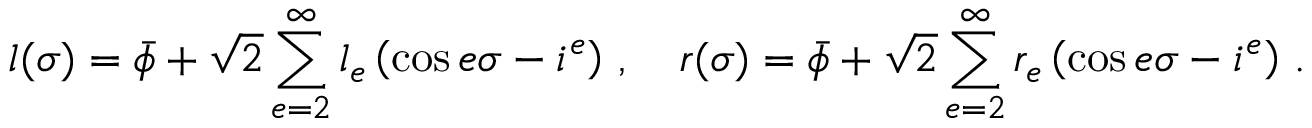
l ( \sigma ) = \bar { \phi } + \sqrt { 2 } \sum _ { e = 2 } ^ { \infty } l _ { e } \left( \cos e \sigma - i ^ { e } \right) \, , \quad r ( \sigma ) = \bar { \phi } + \sqrt { 2 } \sum _ { e = 2 } ^ { \infty } r _ { e } \left( \cos e \sigma - i ^ { e } \right) \, . ~ ~ ~ ~